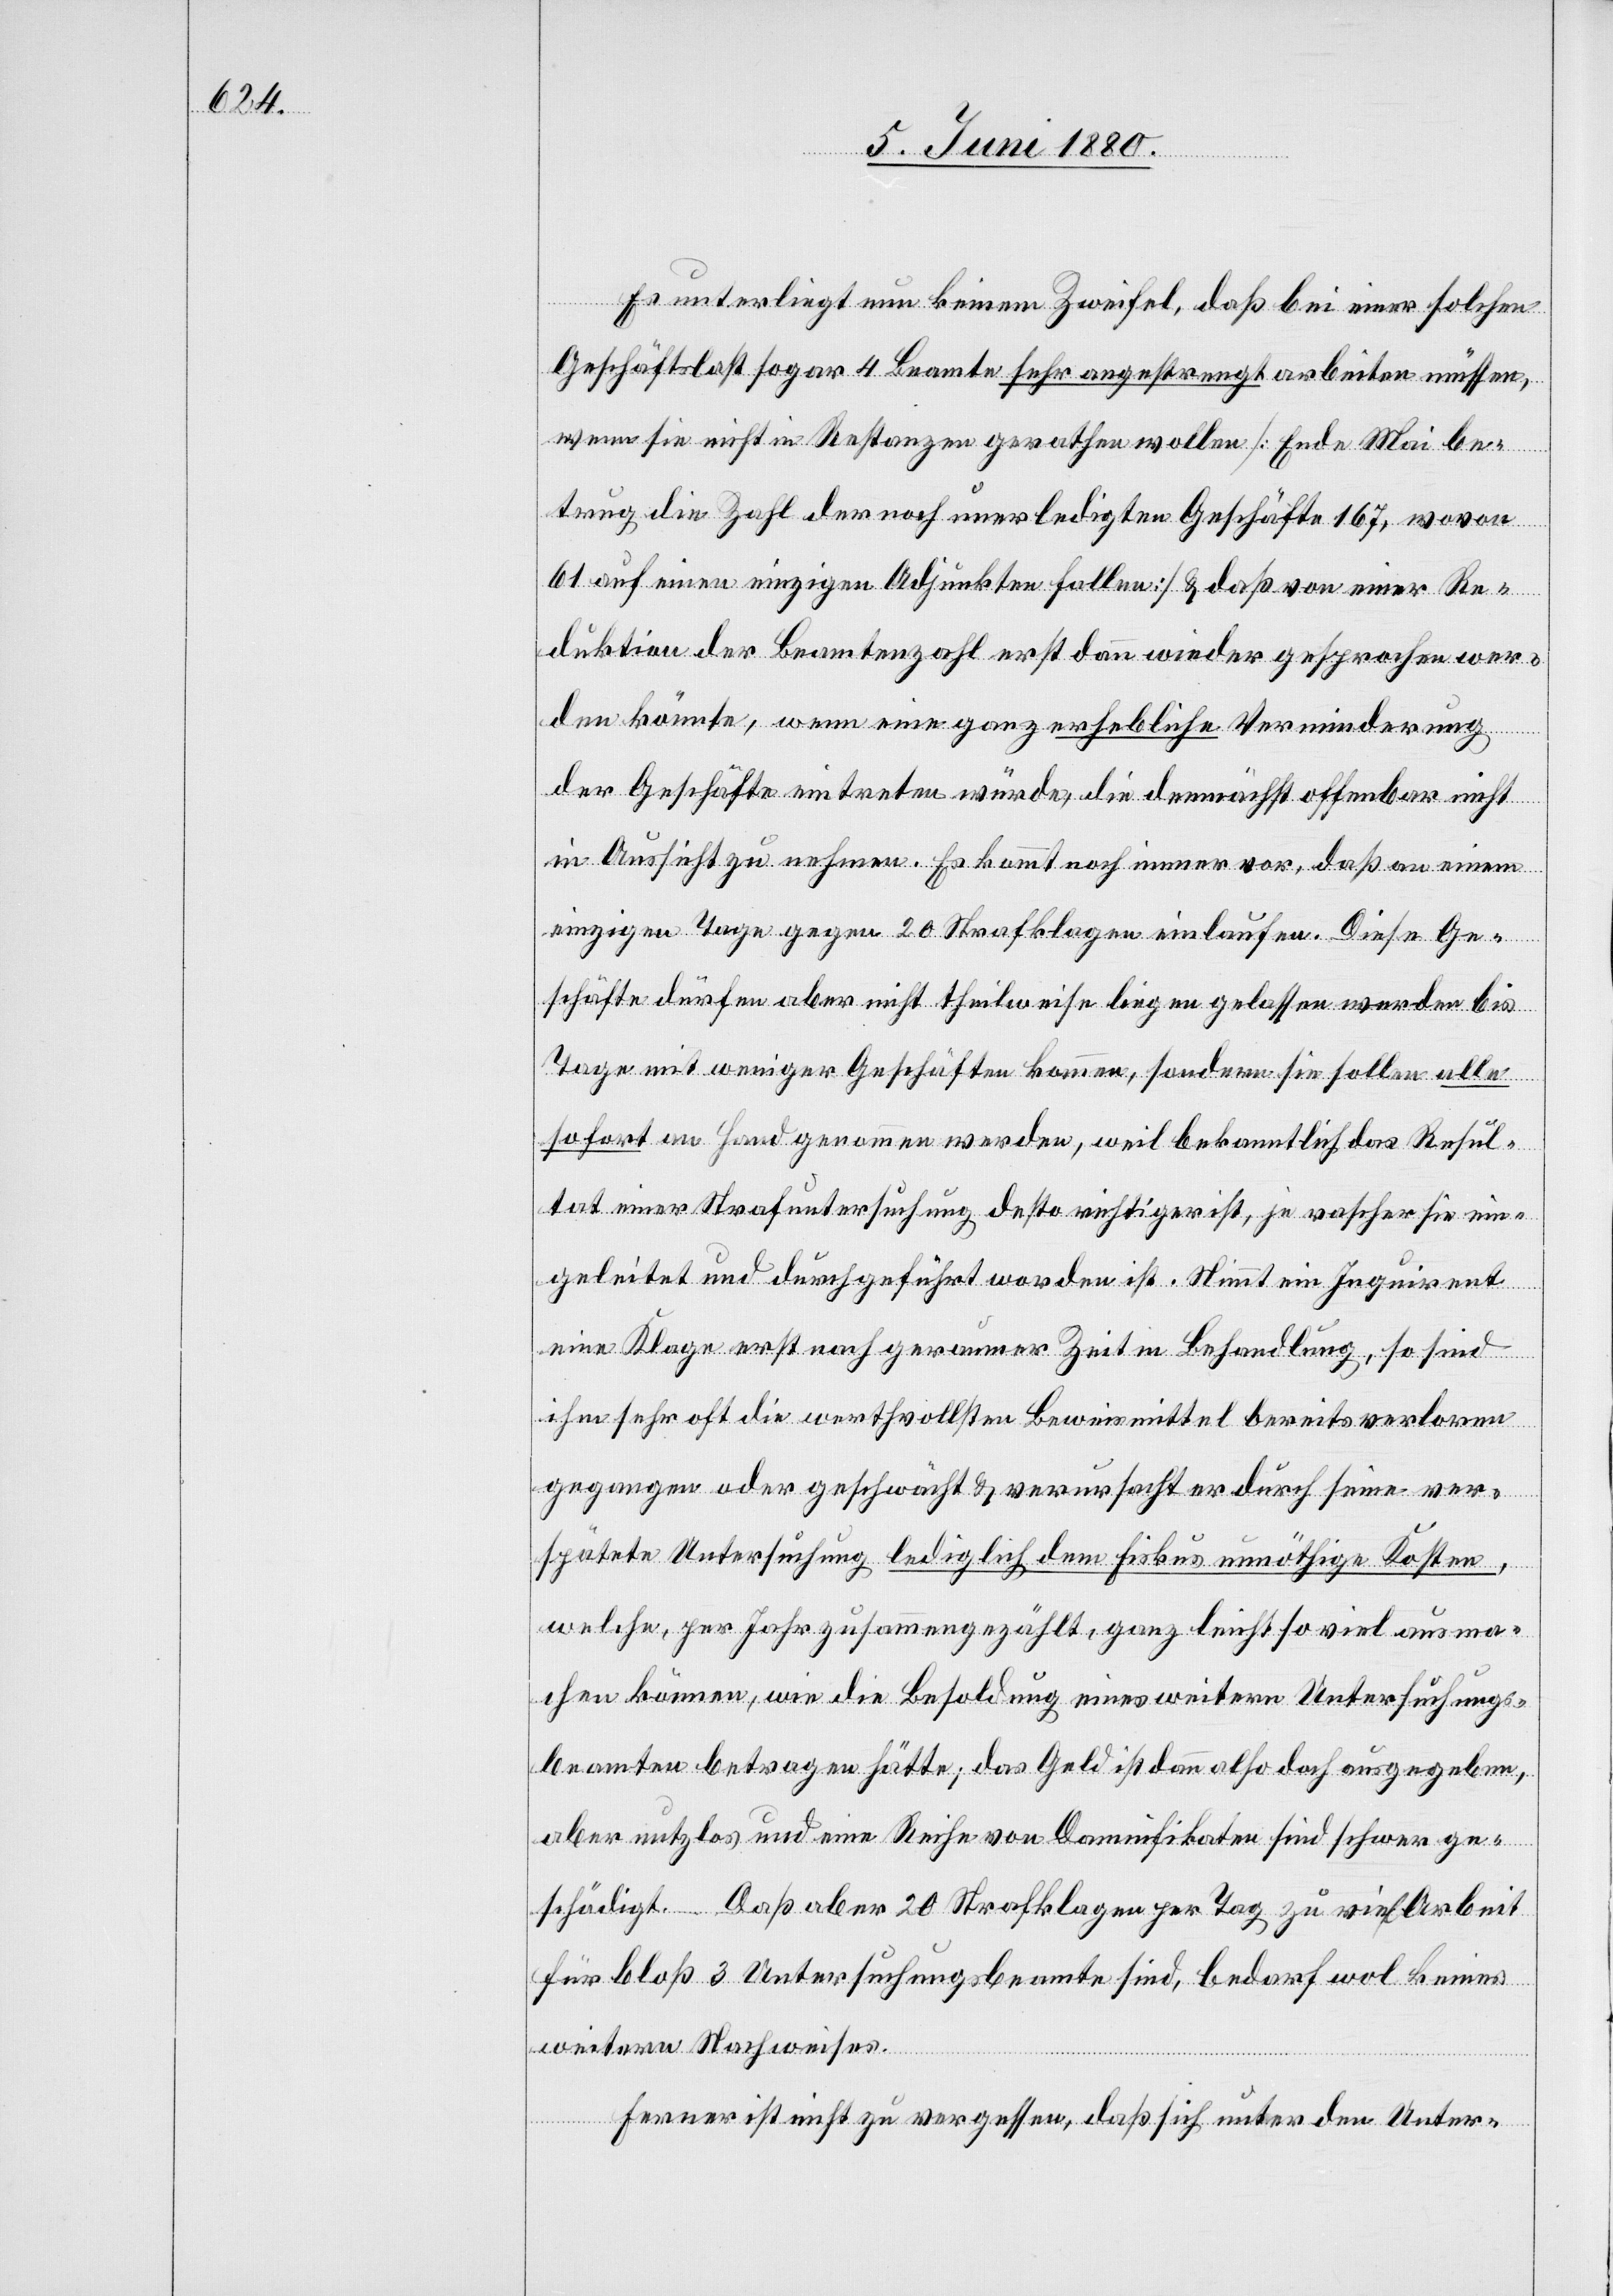
Es unterliegt nun keinem Zweifel, daß bei einer solchen
Geschäftslast sogar 4 Beamte sehr angestrengt arbeiten müssen,
wenn sie nicht in Restanzen gerathen wollen [Ende Mai be¬
trug die Zahl der noch unerledigten Geschäfte 167, wovon
61 auf einen einzigen Adjunkten fallen] & daß von einer Re¬
duktion der Beamtenzahl erst dann wieder gesprochen wer¬
den könnte, wenn eine ganz erhebliche Verminderung
der Geschäfte eintreten würde, die demnächst offenbar nicht
in Aussicht zu nehmen [ist]. Es kommt noch immer vor, daß ein einem
einzigen Tage gegen 20 Strafklagen einlaufen. Diese Ge¬
schäfte dürfen aber nicht theilweise liegen gelassen werden bis
Tage mit weniger Geschäften kommen, sondern sie sollen alle
sofort an Hand genommen werden, weil bekanntlich das Resul¬
tat einer Strafuntersuchung desto richtiger ist, je rascher sie ein¬
geleitet und durchgeführt worden ist. Nimmt ein Inquirent
eine Klage erst nach geraumer Zeit in Behandlung, so sind
ihm sehr oft die werthvollsten Beweismittel bereits verloren
gegangen oder geschwächt & verursacht er durch seine ver¬
spätete Untersuchung lediglich dem Fiskus unnöthige Kosten,
welche, per Jahr zusammengezählt, ganz leicht so viel ausma¬
chen können, wie die Besoldung eines weitern Untersuchungs¬
beamten betragen hätte; das Geld ist dann also doch ausgegeben,
aber nutzlos und eine Reihe von Damnifikaten sind schwer ge¬
schädigt. Daß aber 20 Strafklagen per Tag zu viel Arbeit
für bloß 3 Untersuchungsbeamte sind, bedarf wol keines
weitern Nachweises.
Ferner ist nicht zu vergessen, daß sich unter den Unter-